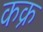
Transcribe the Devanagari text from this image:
कक्र